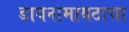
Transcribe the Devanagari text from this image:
डायनामायटाचा